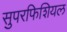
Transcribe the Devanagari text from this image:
सुपरफिशियल